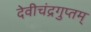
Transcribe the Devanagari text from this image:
देवीचंद्रगुप्तम्‌